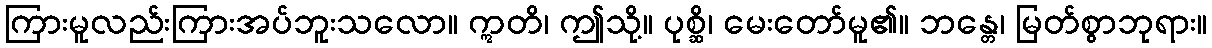
ကြားမူလည်းကြားအပ်ဘူးသလော။ ဣတိ၊ ဤသို့။ ပုစ္ဆိ၊ မေးတော်မူ၏။ ဘန္တေ၊ မြတ်စွာဘုရား။